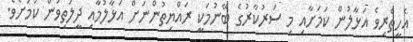
އެހީތެރިވެ އަޅާލުން ކަމަށާއި މި ސަރުކާރުގެ ބޭނުމަކީ ރައްޔިތުންނަށް އަޅާލުމާއި ދީލަތިވުން ކަމަށެވެ.